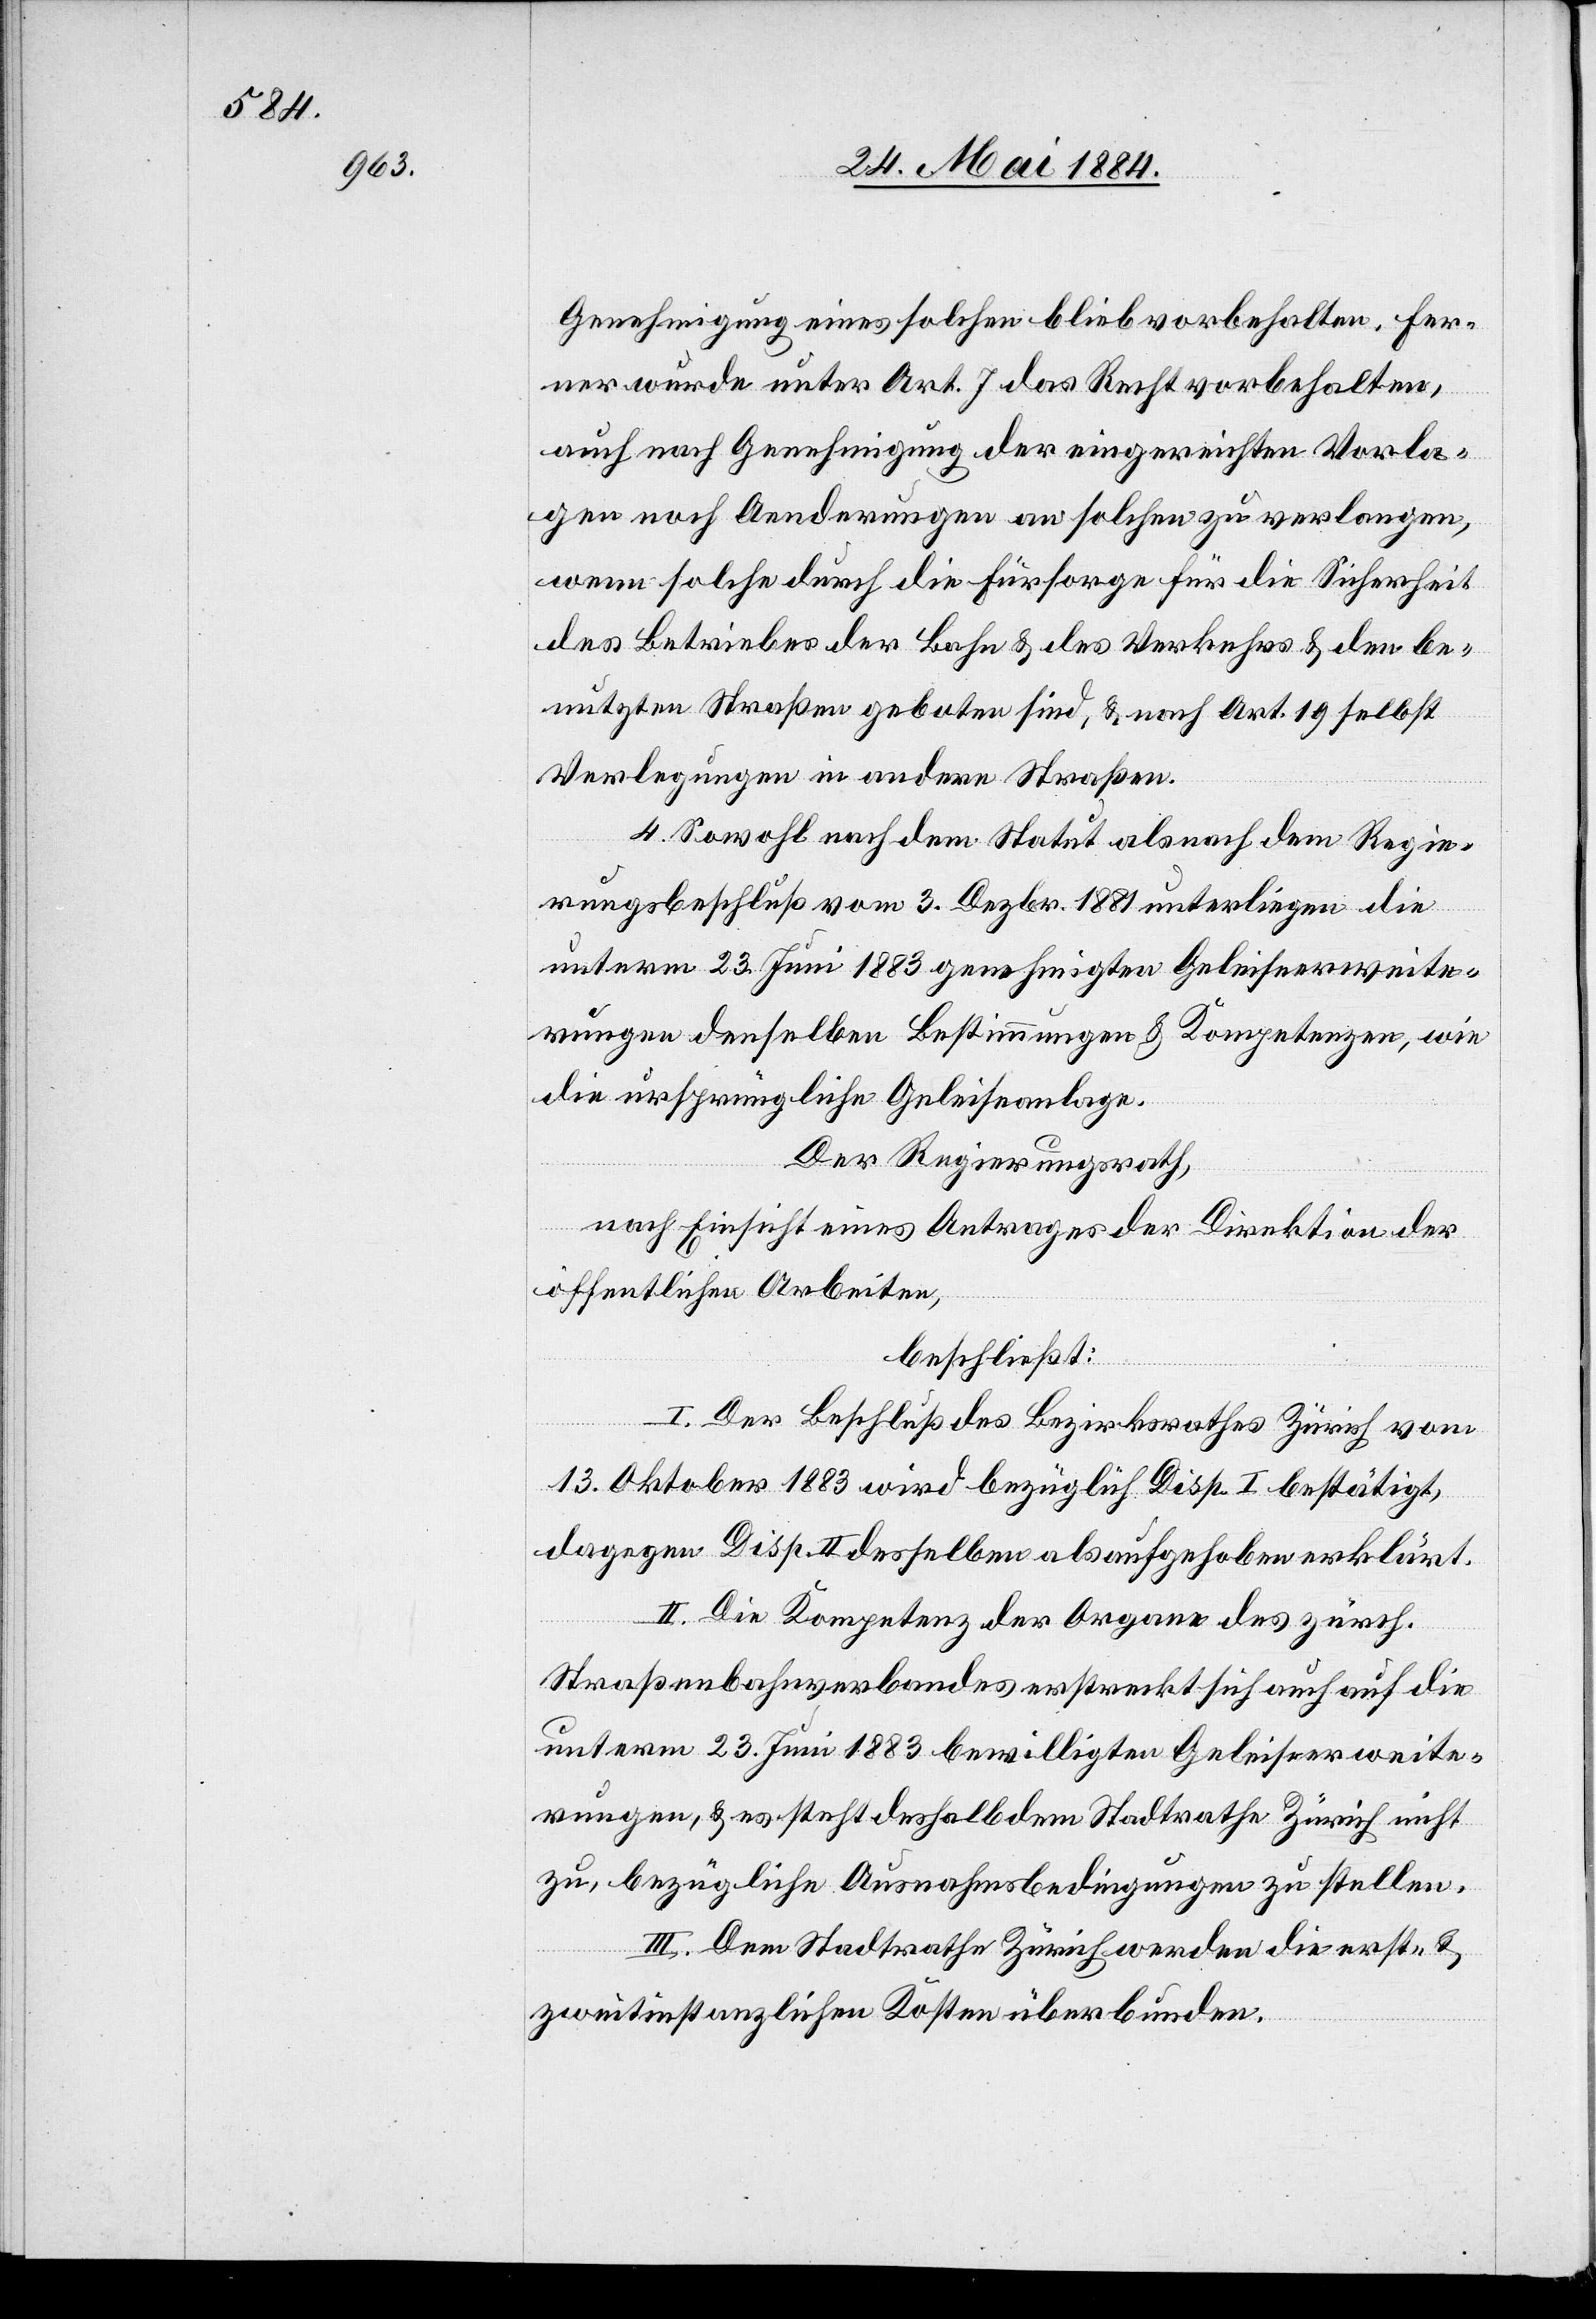
Genehmigung eines solchen blieb vorbehalten. Fer¬
ner wurde unter Art. 7 das Recht vorbehalten,
auch nach Genehmigung der eingereichten Vorla¬
gen noch Aenderungen an solchen zu verlangen,
wenn solche durch die Fürsorge für die Sicherheit
des Betriebes der Bahn & des Verkehrs & den be¬
nutzten Straßen geboten sind, & nach Art. 19 selbst
Verlegungen in andere Straßen.
4. Sowohl nach dem Statut als nach dem Regie¬
rungsbeschluß vom 3. Dezbr. 1881 unterliegen die
unterm 23. Juni 1883 genehmigten Geleiseerweite¬
rungen denselben Bestimmungen & Kompetenzen, wie
die ursprüngliche Geleiseanlage.
Der Regierungsrath,
nach Einsicht eines Antrages der Direktion der
öffentlichen Arbeiten,
beschließt:
I. Der Beschluß des Bezirksrathes Zürich vom
13. Oktober 1883 wird bezüglich Disp. I bestätigt,
dagegen Disp. II desselben als aufgehoben erklärt.
II. Die Kompetenz der Organe des zürch.
Straßenbahnverbandes erstreckt sich auch auf die
unterm 23. Juni 1883 bewilligten Geleiseerweite¬
rungen, & es steht deshalb dem Stadtrathe Zürich nicht
zu, bezügliche Ausnahmsbedingungen zu stellen.
III. Dem Stadtrathe Zürich werden die erst- &
zweitinstanzlichen Kosten überbunden.